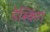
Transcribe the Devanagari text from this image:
डेस्किंग